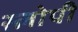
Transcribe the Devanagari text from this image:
स्लोपी